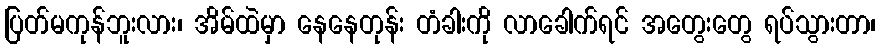
ပြတ်မကုန်ဘူးလား၊ အိမ်ထဲမှာ နေနေတုန်း တံခါးကို လာခေါက်ရင် အတွေးတွေ ရပ်သွားတာ၊